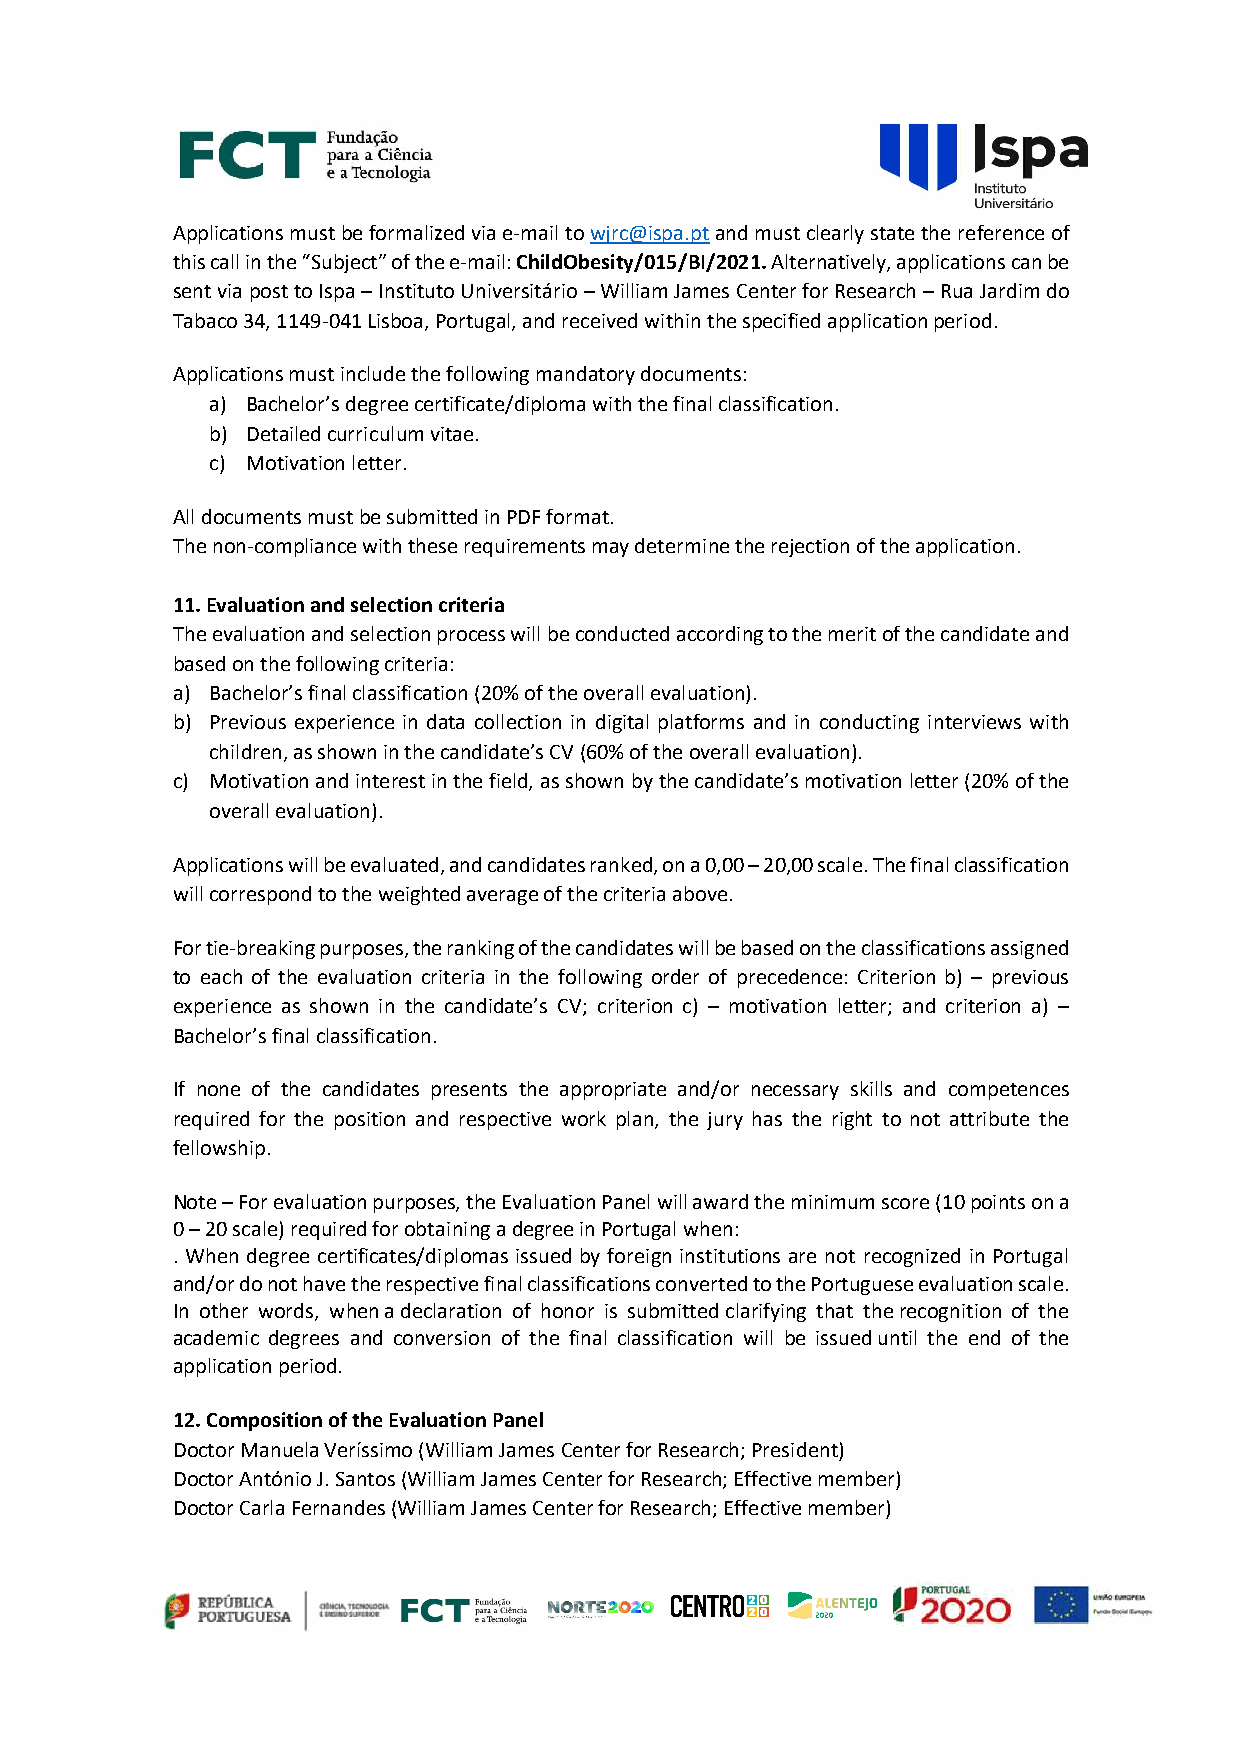
Applications must be formalized via e-mail to wjrc@ispa.pt and must clearly state the reference of
 this call in the “Subject” of the e-mail: ChildObesity/015/BI/2021. Alternatively, applications can be
 sent via post to Ispa – Instituto Universitário – William James Center for Research – Rua Jardim do
 Tabaco 34, 1149-041 Lisboa, Portugal, and received within the specified application period.
 Applications must include the following mandatory documents:
 a) Bachelor’s degree certificate/diploma with the final classification.
 b) Detailed curriculum vitae.
 c) Motivation letter.
 All documents must be submitted in PDF format.
 The non-compliance with these requirements may determine the rejection of the application.
 11. Evaluation and selection criteria
 The evaluation and selection process will be conducted according to the merit of the candidate and
 based on the following criteria:
 a) Bachelor’s final classification (20% of the overall evaluation).
 b) Previous experience in data collection in digital platforms and in conducting interviews with
 children, as shown in the candidate’s CV (60% of the overall evaluation).
 c) Motivation and interest in the field, as shown by the candidate’s motivation letter (20% of the
 overall evaluation).
 Applications will be evaluated, and candidates ranked, on a 0,00 – 20,00 scale. The final classification
 will correspond to the weighted average of the criteria above.
 For tie-breaking purposes, the ranking of the candidates will be based on the classifications assigned
 to each of the evaluation criteria in the following order of precedence: Criterion b) – previous
 experience as shown in the candidate’s CV; criterion c) – motivation letter; and criterion a) –
 Bachelor’s final classification.
 If none of the candidates presents the appropriate and/or necessary skills and competences
 required for the position and respective work plan, the jury has the right to not attribute the
 fellowship.
 Note – For evaluation purposes, the Evaluation Panel will award the minimum score (10 points on a
 0 – 20 scale) required for obtaining a degree in Portugal when:
 . When degree certificates/diplomas issued by foreign institutions are not recognized in Portugal
 and/or do not have the respective final classifications converted to the Portuguese evaluation scale.
 In other words, when a declaration of honor is submitted clarifying that the recognition of the
 academic degrees and conversion of the final classification will be issued until the end of the
 application period.
 12. Composition of the Evaluation Panel
 Doctor Manuela Veríssimo (William James Center for Research; President)
 Doctor António J. Santos (William James Center for Research; Effective member)
 Doctor Carla Fernandes (William James Center for Research; Effective member)